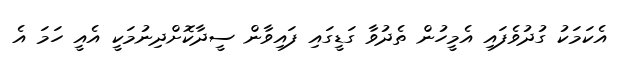
އެކަމަކު ގުދުވެފައި އެމީހުން ތެދުވާ ގަޑީގައި ފައިވާން ސީދާކޮށްދިނުމަކީ އެއީ ހަމަ އެ